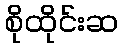
စိုထိုင်းဆ